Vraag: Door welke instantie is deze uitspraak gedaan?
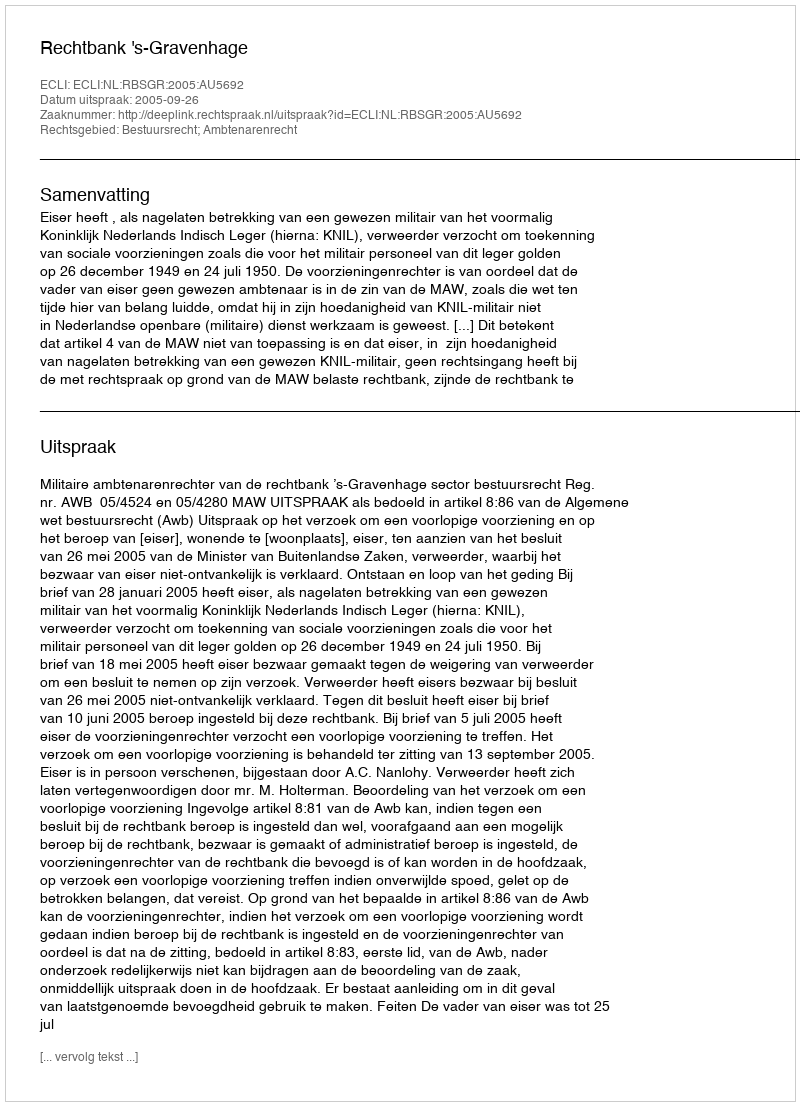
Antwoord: Rechtbank 's-Gravenhage